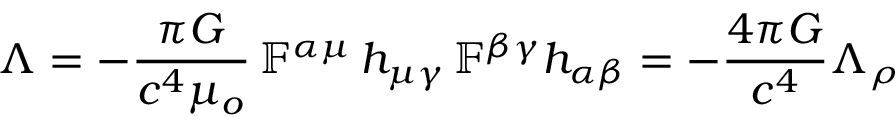
\Lambda = - \frac { \pi G } { c ^ { 4 } \mu _ { o } } \, \mathbb { F } ^ { \alpha \mu } \, h _ { \mu \gamma } \, \mathbb { F } ^ { \beta \gamma } h _ { \alpha \beta } = - \frac { 4 \pi G } { c ^ { 4 } } \Lambda _ { \rho }